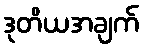
ဒုတိယအချက်